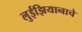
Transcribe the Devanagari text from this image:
लुईझियानाचे